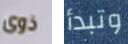
ذوى وتبدأ